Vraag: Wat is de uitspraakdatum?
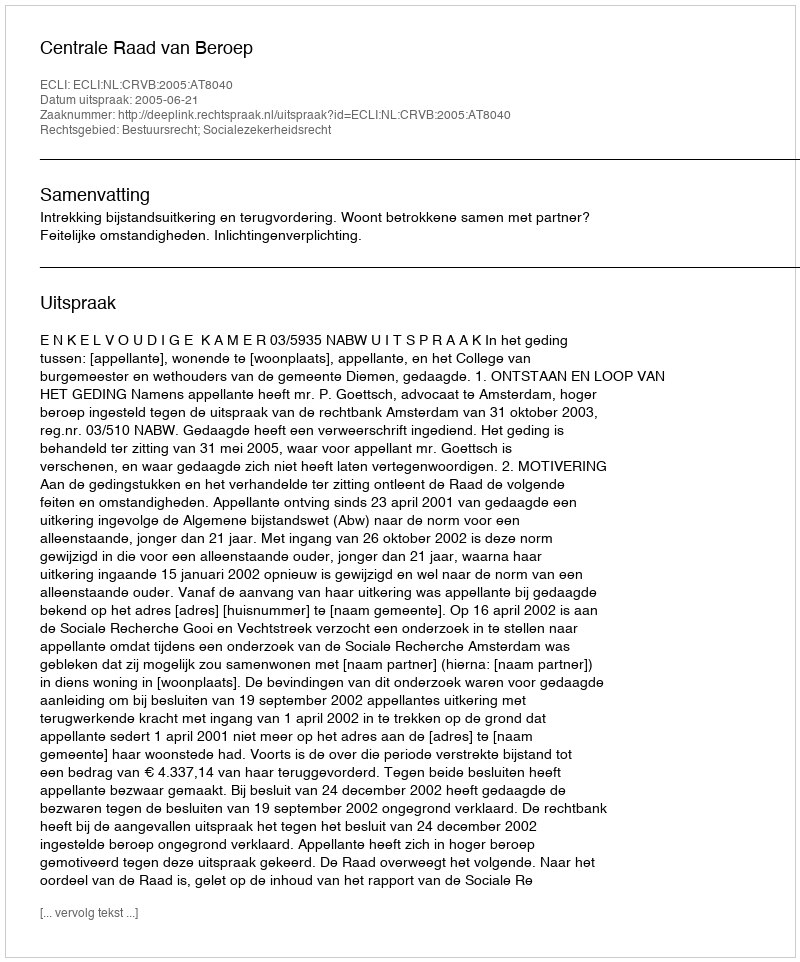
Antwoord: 2005-06-21